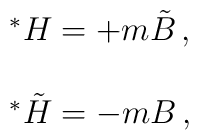
\begin{array}{rcl}&&  {}^{*}H = + m \tilde{B}\, ,\\ & & \\&&  {}^{*}\tilde{H} = - m B\, ,\\\end{array}